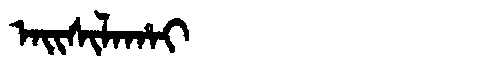
Manchu: ᠠᡳᠰᡳᠯᠠᡥᠠᡳ
Romanization: AISILAHAI